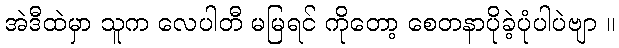
အဲဒီထဲမှာ သူက လေပါတီ မမြရင် ကိုတော့ စေတနာပိုခဲ့ပုံပါပဲဗျာ ။